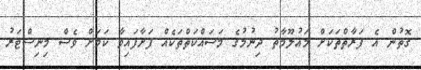
ގޮތުން އެ ފަރާތްތަކަށް މައުލޫމާތު ދިނުމުގެ މަސައްކަތްތަކެއް ފަށާފައިވާ ކަމަށް ވެސް މިނިސްޓަރު